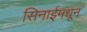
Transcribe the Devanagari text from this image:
सिनाईमधून